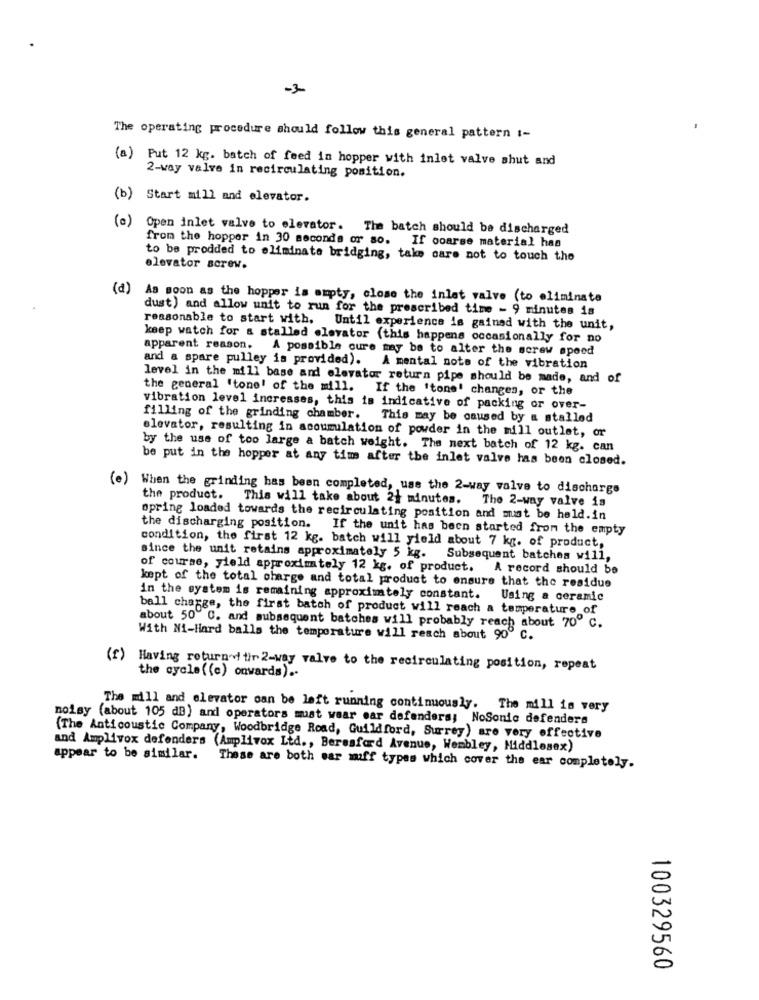
-3
The operating procedure should follow this general pattern :-
(a) Put 12 kg. batch of feed in hopper with inlet valve shut and
2-way valve in recirculating position.
(b) Start mill and elevator.
(a) Open inlet valve to elevator. The batch should be discharged
from the hopper in 30 seconds or so. If coarse material has
to be prodded to eliminate bridging, take care not to touch the
elevator screw.
(d) As soon as the hopper is empty, close the inlet valve (to eliminate
dust) and allow unit to run for the prescribed time - 9 minutes is
reasonable to start with. Until experience is gained with the unit,
keep watch for & stalled elevator (this happens occasionally for no
apparent reason. A possible cure may be to alter the screw speed
and a spare pulley is provided). A mental note of the vibration
level in the mill base and elevator return pipe should be made, and of
the general 'tone! of the mill. If the 'tone' changes, or the
vibration level increases, this is indicative of packing or over-
filling of the grinding chamber.
This may be caused by a stalled
elevator, resulting in accumulation of powder in the mill outlet, or
by the use of too large a batch weight. The next batch of 12 kg. can
be put in the hopper at any time after the inlet valve has been closed.
(e) When the grinding has been completed, use the 2-way valve to discharge
the product. This will take about 2} minutes. The 2-way valve is
spring loaded towards the recirculating position and mat be held.in
the discharging position. If the unit has been started from the empty
condition, the first 12 kg. batch will yield about 7 kg. of product,
since the unit retains approximately 5 kg.
Subsequent batches will,
of course, yield approximately 12 kg. of product. A record should be
kept of the total charge and total product to ensure that the residue
in the system is remaining approximately constant. Using a ceramic
ball charge, the first batch of product will reach a temperature of
about 50" C. and subsequent batches will probably reach about 70º c.
With Ni-Hard balls the temperature will reach about 90º C.
(f) Having return'd tir 2-way valve to the recirculating position, repeat
the cycle ( (e) onwards) ..
The mill and elevator can be left running continuously. The mill is very
noisy (about 105 dB) and operators must wear ear defenders; NoSonic defenders
(The Anticoustic Company, Woodbridge Road, Guildford, Surrey) are very effective
and Amplivox defenders (Amplivox Ltd ., Beresford Avenue, Wembley, Middlesex)
appear to be similar.
These are both sar miff types which cover the ear completely.
100329560